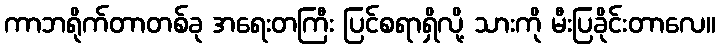
ကာဘရိုက်တာတစ်ခု အရေးတကြီး ပြင်စရာရှိလို့ သားကို မီးပြခိုင်းတာလေ။